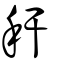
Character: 秆